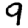
Digit: 9